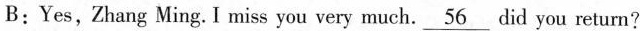
B:Yes,Zhang Ming.I miss you very much\underline{56} did you return?